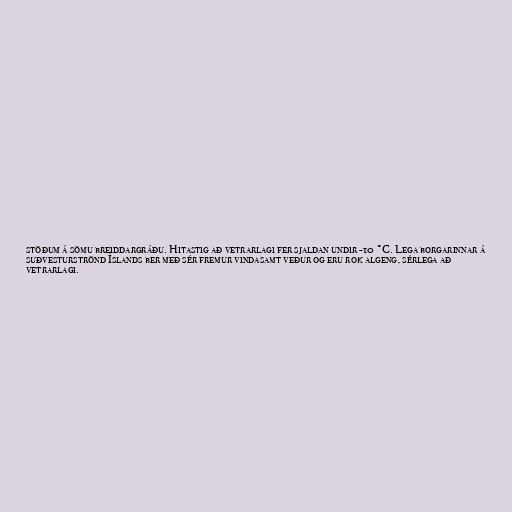
stöðum á sömu breiddargráðu. Hitastig að vetrarlagi fer sjaldan undir -10 °C. Lega borgarinnar á
suðvesturströnd Íslands ber með sér fremur vindasamt veður og eru rok algeng, sérlega að
vetrarlagi.